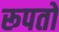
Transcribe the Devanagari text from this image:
रूपतो